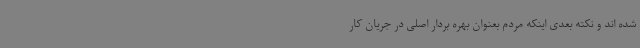
شده اند و نکته بعدی اینکه مردم بعنوان بهره بردار اصلی در جریان کار